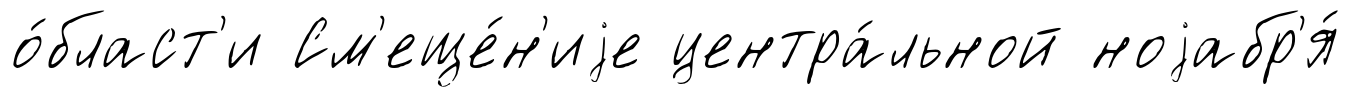
о́бласт'и См'еще́н'иjе центра́льной ноjабр'я́